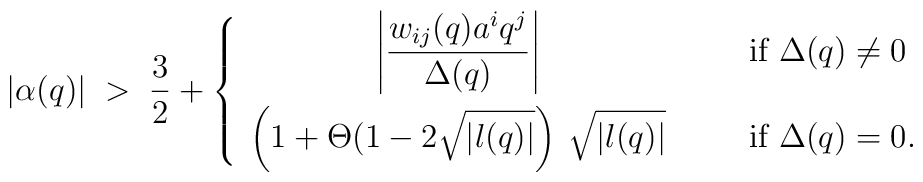
|\alpha(q)| \;>\; \frac{3}{2} + \left\{ \begin{array}{ccl}\displaystyle \left| \frac{w_{ij}(q) a^i q^j}{\Delta(q)} \right|&\;\;\;& {\mbox{if $\Delta(q) \neq 0$}} \\[1em]\displaystyle \left(1+\Theta(1-2\sqrt{|l(q)|} \right)\: \sqrt{|l(q)|}&& {\mbox{if $\Delta(q)=0$}}. \end{array} \right.